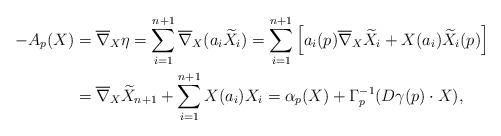
LaTeX: \begin{align*}-A_p(X) &= \overline{\nabla}_X \eta = \sum_{i=1}^{n+1} \overline{\nabla}_X(a_i \widetilde{X}_i) = \sum_{i=1}^{n+1} \left[ a_i(p) \overline{\nabla}_X \widetilde{X}_i + X(a_i) \widetilde{X}_i (p) \right] \\ &= \overline{\nabla}_X \widetilde{X}_{n+1} + \sum_{i=1}^{n+1} X(a_i) X_i = \alpha_p(X) + \Gamma_p^{-1}(D \gamma(p) \cdot X),\end{align*}